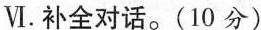
Ⅵ.补全对话.(10 分)